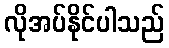
လိုအပ်နိုင်ပါသည်